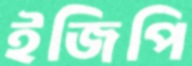
ইজিপি